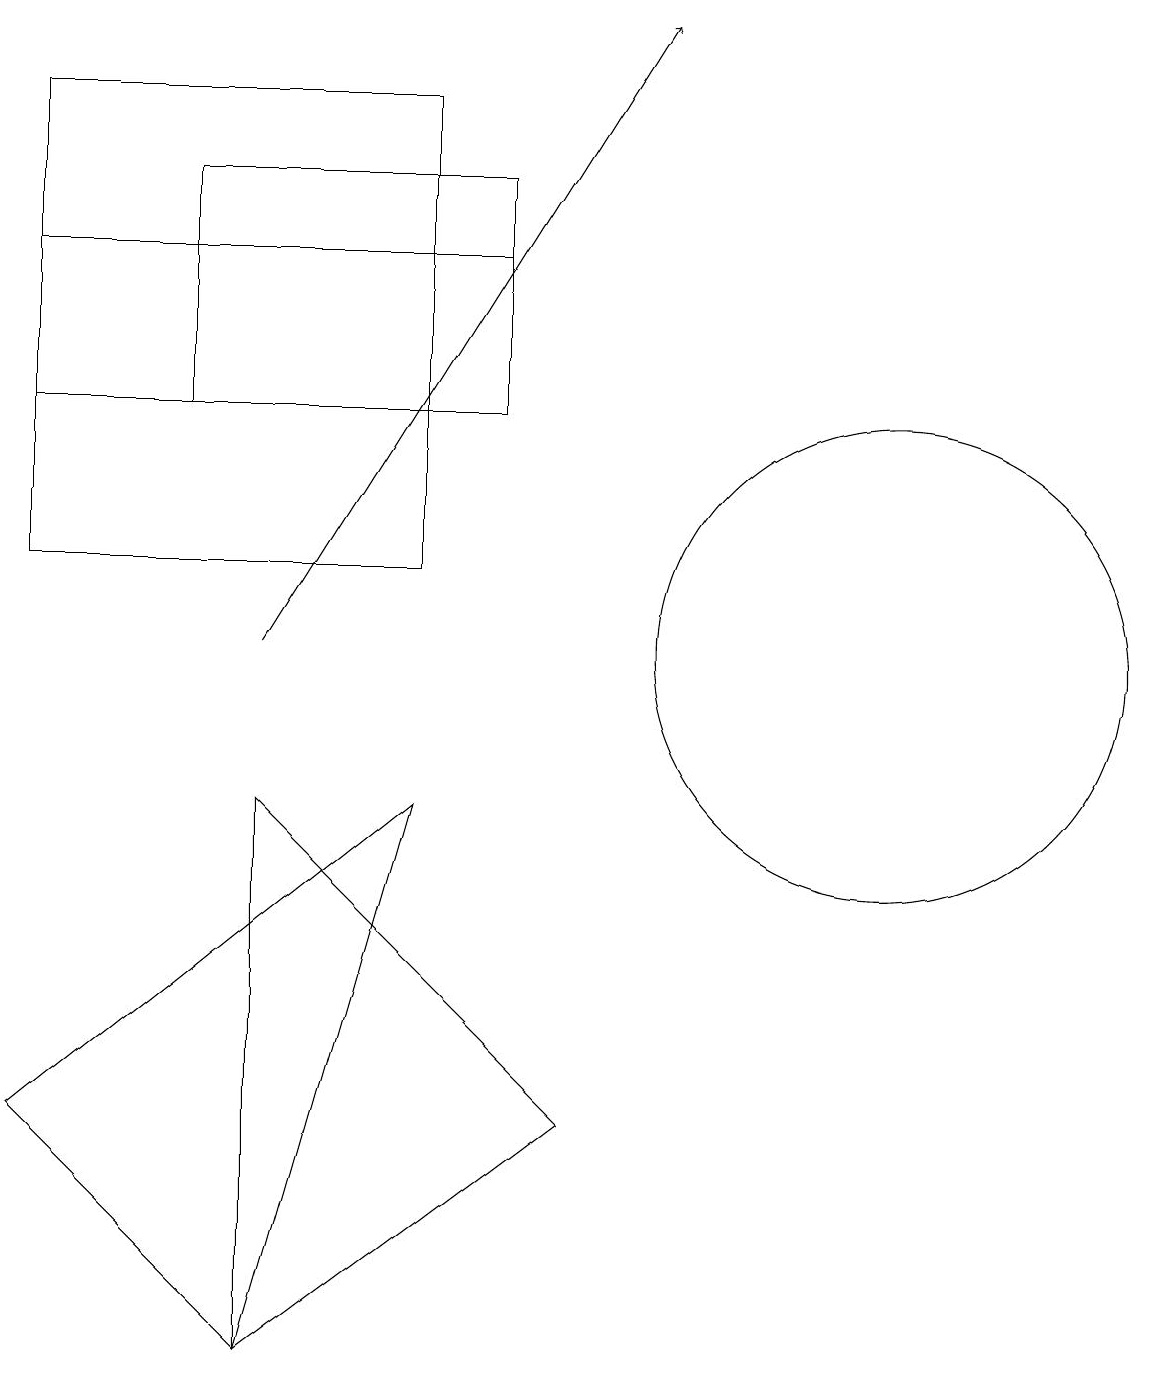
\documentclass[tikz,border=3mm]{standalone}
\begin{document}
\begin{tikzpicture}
\draw (11,10) circle (3);
\draw (5,11) rectangle (0,17);
\draw (2,16) rectangle (6,13);
\draw (5,8) -- (3,1) -- (0,4) -- cycle;
\draw (3,1) -- (7,4) -- (3,8) -- cycle;
\draw[->] (3,10) -- (8,18);
\draw (0,15) rectangle (6,13);
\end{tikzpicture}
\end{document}